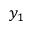
y _ { 1 }